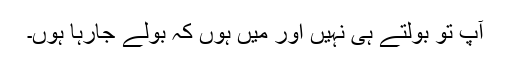
آپ تو بولتے ہی نہیں اور میں ہوں کہ بولے جارہا ہوں۔